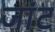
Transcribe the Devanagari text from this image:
जांट